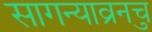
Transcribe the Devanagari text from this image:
सागन्याव्रुनच